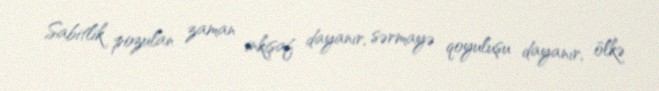
Sabitlik pozulan zaman inkişaf dayanır, sərmayə qoyuluşu dayanır, ölkə